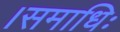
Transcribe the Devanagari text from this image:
।समाधिः